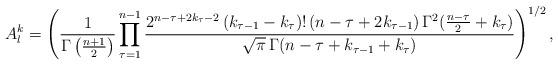
LaTeX: \begin{align*}A_l^k=\left(\frac{1}{\Gamma\left(\frac{n+1}{2}\right)}\prod_{\tau=1}^{n-1}\frac{2^{n-\tau+2k_\tau-2}\,(k_{\tau-1}-k_\tau)!\,(n-\tau+2k_{\tau-1})\,\Gamma^2(\frac{n-\tau}{2}+k_\tau)}{\sqrt\pi\,\Gamma(n-\tau+k_{\tau-1}+k_\tau)}\right)^{1/2},\end{align*}